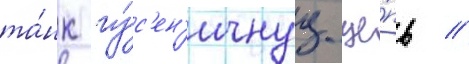
та́нк гу́с'ен'ичнуу це́пь //